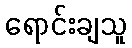
ရောင်းချသူ